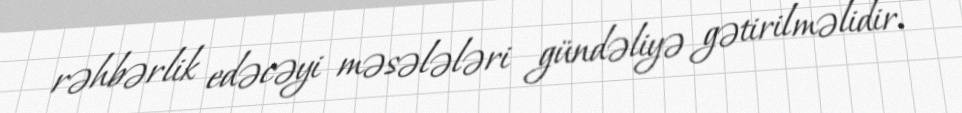
rəhbərlik edəcəyi məsələləri gündəliyə gətirilməlidir.